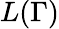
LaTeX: L(\Gamma)